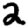
Digit: 2